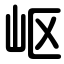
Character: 岖